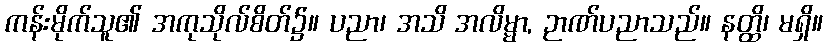
ကန်းမိုက်သူ၏ အကုသိုလ်စိတ်၌။ ပညာ၊ အသိ အလိမ္မာ, ဉာဏ်ပညာသည်။ နတ္ထိ၊ မရှိ။